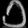
Digit: ၁